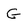
Character: G